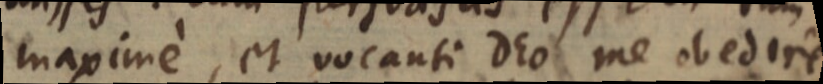
maxime, et vocanti Deo me obedire